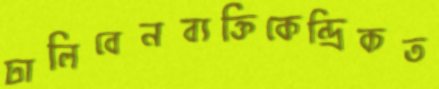
ঢালিবেনব্যক্তিকেন্দ্রিকত